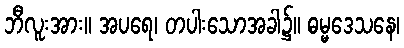
ဘီလူးအား။ အပရေ၊ တပါးသောအခါ၌။ ဓမ္မဒေသနေ၊